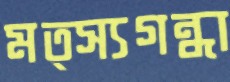
মত্স্যগন্ধা